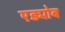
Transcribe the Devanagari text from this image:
एड्मोब